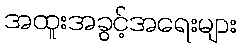
အထူးအခွင့်အရေးများ